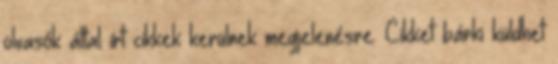
olvasók által írt cikkek kerülnek megjelenésre. Cikket bárki küldhet